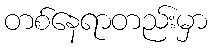
တစ်နေရာတည်းမှာ